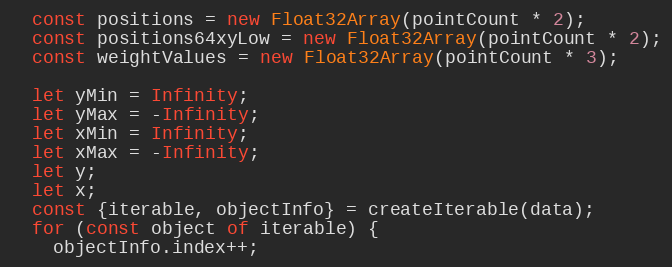
Language: JavaScript
  const positions = new Float32Array(pointCount * 2);
  const positions64xyLow = new Float32Array(pointCount * 2);
  const weightValues = new Float32Array(pointCount * 3);

  let yMin = Infinity;
  let yMax = -Infinity;
  let xMin = Infinity;
  let xMax = -Infinity;
  let y;
  let x;
  const {iterable, objectInfo} = createIterable(data);
  for (const object of iterable) {
    objectInfo.index++;